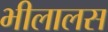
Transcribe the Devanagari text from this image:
भीलालस